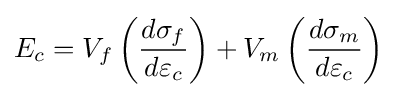
E_{c}=V_{f}\left({\frac {d\sigma _{f}}{d\varepsilon _{c}}}\right)+V_{m}\left({\frac {d\sigma _{m}}{d\varepsilon _{c}}}\right)